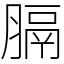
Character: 膈